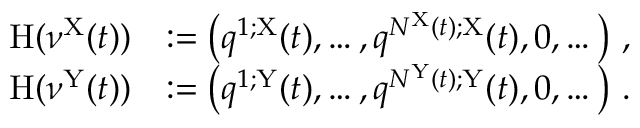
\begin{array} { r l } { \mathrm { H } ( \nu ^ { \mathrm { X } } ( t ) ) } & { : = \left( q ^ { 1 ; \mathrm { X } } ( t ) , \dots , q ^ { N ^ { \mathrm { X } } ( t ) ; \mathrm { X } } ( t ) , 0 , \dots \right) \, , } \\ { \mathrm { H } ( \nu ^ { \mathrm { Y } } ( t ) ) } & { : = \left( q ^ { 1 ; \mathrm { Y } } ( t ) , \dots , q ^ { N ^ { \mathrm { Y } } ( t ) ; \mathrm { Y } } ( t ) , 0 , \dots \right) \, . } \end{array}